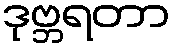
ဒုဗ္ဘရတာ